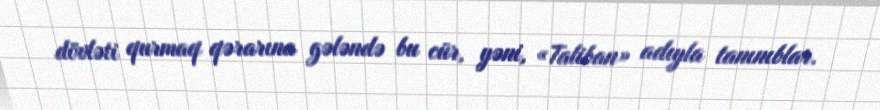
dövləti qurmaq qərarına gələndə bu cür, yəni, «Taliban» adıyla tanınıblar.